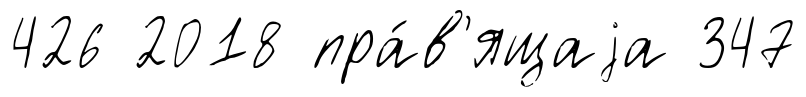
426 2018 пра́в'ящаjа 347